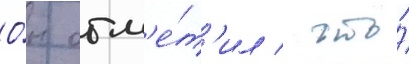
О́н отм'е́т'ил / что́